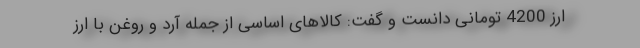
ارز 4200 تومانی دانست و گفت: کالاهای اساسی از جمله آرد و روغن با ارز